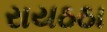
રાયઠઠા